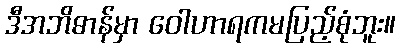
ဒီအဘိဓာန်မှာ ဝေါဟာရကမပြည့်စုံဘူး။